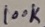
Text: 100K